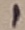
Text: 1